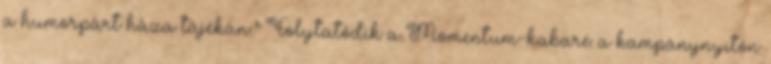
a humorpárt háza tájékán.” Folytatódik a Momentum-kabaré: a kampánynyitón